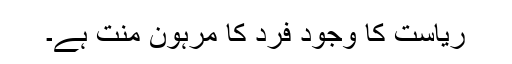
ریاست کا وجود فرد کا مرہون منت ہے۔